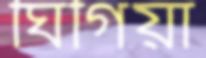
ঘিগিয়া